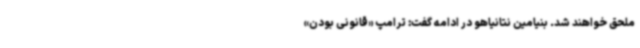
ملحق خواهند شد. بنیامین نتانیاهو در ادامه گفت: ترامپ «قانونی بودن»